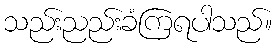
သည်းညည်းခံကြရပါသည်။